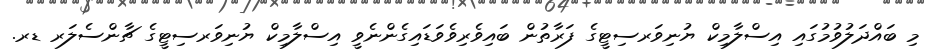
މި ބައްދަލުވުމުގައި އިސްލާމިކް ޔުނިވަރސިޓީގެ ފަރާތުން ބައިވެރިވެވަޑައިގެންނެވީ އިސްލާމިކް ޔުނިވަރސިޓީގެ ޗާންސެލަރ ޑރ.